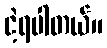
ငဲ့ရပါတယ်။